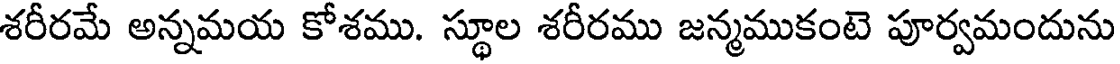
శరీరమే అన్నమయ కోశము. స్థూల శరీరము జన్మముకంటె పూర్వమందును